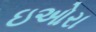
ઇઓરા